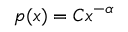
p ( x ) = C x ^ { - \alpha }